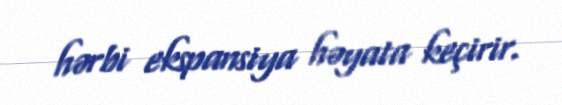
hərbi ekspansiya həyata keçirir.